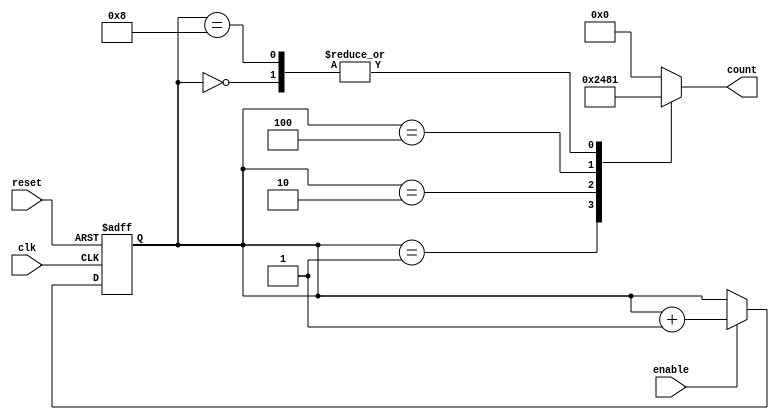
module johnson_counter_with_enable (
    input wire clk,
    input wire reset,
    input wire enable,
    output reg [3:0] count
);

reg [3:0] temp_count;

always @(posedge clk or posedge reset) begin
    if (reset) begin
        temp_count <= 4'b0000;
    end else begin
        if (enable) begin
            temp_count <= temp_count + 1;
        end
    end
end

always @* begin
    case(temp_count)
        4'b0000: count <= 4'b0001;
        4'b0001: count <= 4'b0010;
        4'b0010: count <= 4'b0100;
        4'b0100: count <= 4'b1000;
        4'b1000: count <= 4'b0001;
        default: count <= 4'b0000;
    endcase
end

endmodule